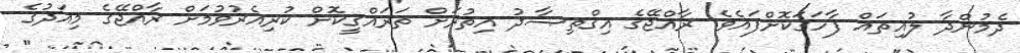
ދެމުންދާ ލުއިތައް ފާހަގަކޮށްފައެވެ. ރާއްޖޭގެ އިޤްތިޞާދު އިތުރަށް ތަރައްޤީކޮށް ކުރިއެރުވުމަށް ރާއްޖޭގެ މިއަދުގެ